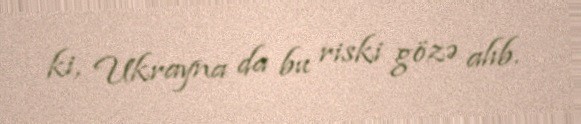
ki, Ukrayna da bu riski gözə alıb.